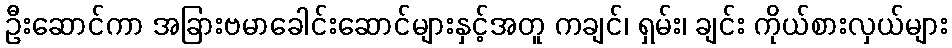
ဦးဆောင်ကာ အခြားဗမာခေါင်းဆောင်များနှင့်အတူ ကချင်၊ ရှမ်း၊ ချင်း ကိုယ်စားလှယ်များ